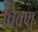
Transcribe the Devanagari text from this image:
विव्रण